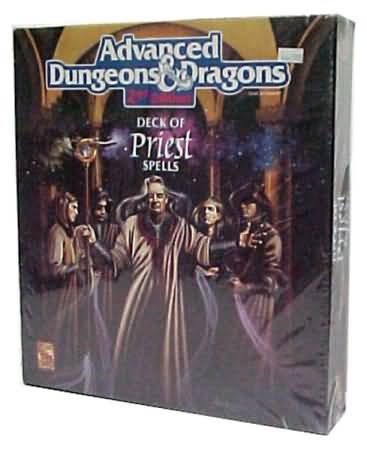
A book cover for Deck of Priest Spells (AD&D 2nd Ed Game Accessory); TSR Staff; Science Fiction & Fantasy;